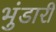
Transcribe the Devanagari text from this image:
भुंडारी